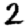
Digit: 2